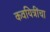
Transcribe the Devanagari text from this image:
कवयित्रींचा